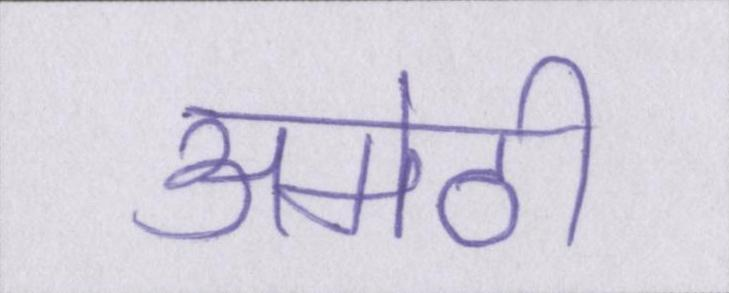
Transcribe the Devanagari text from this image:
अमेठी